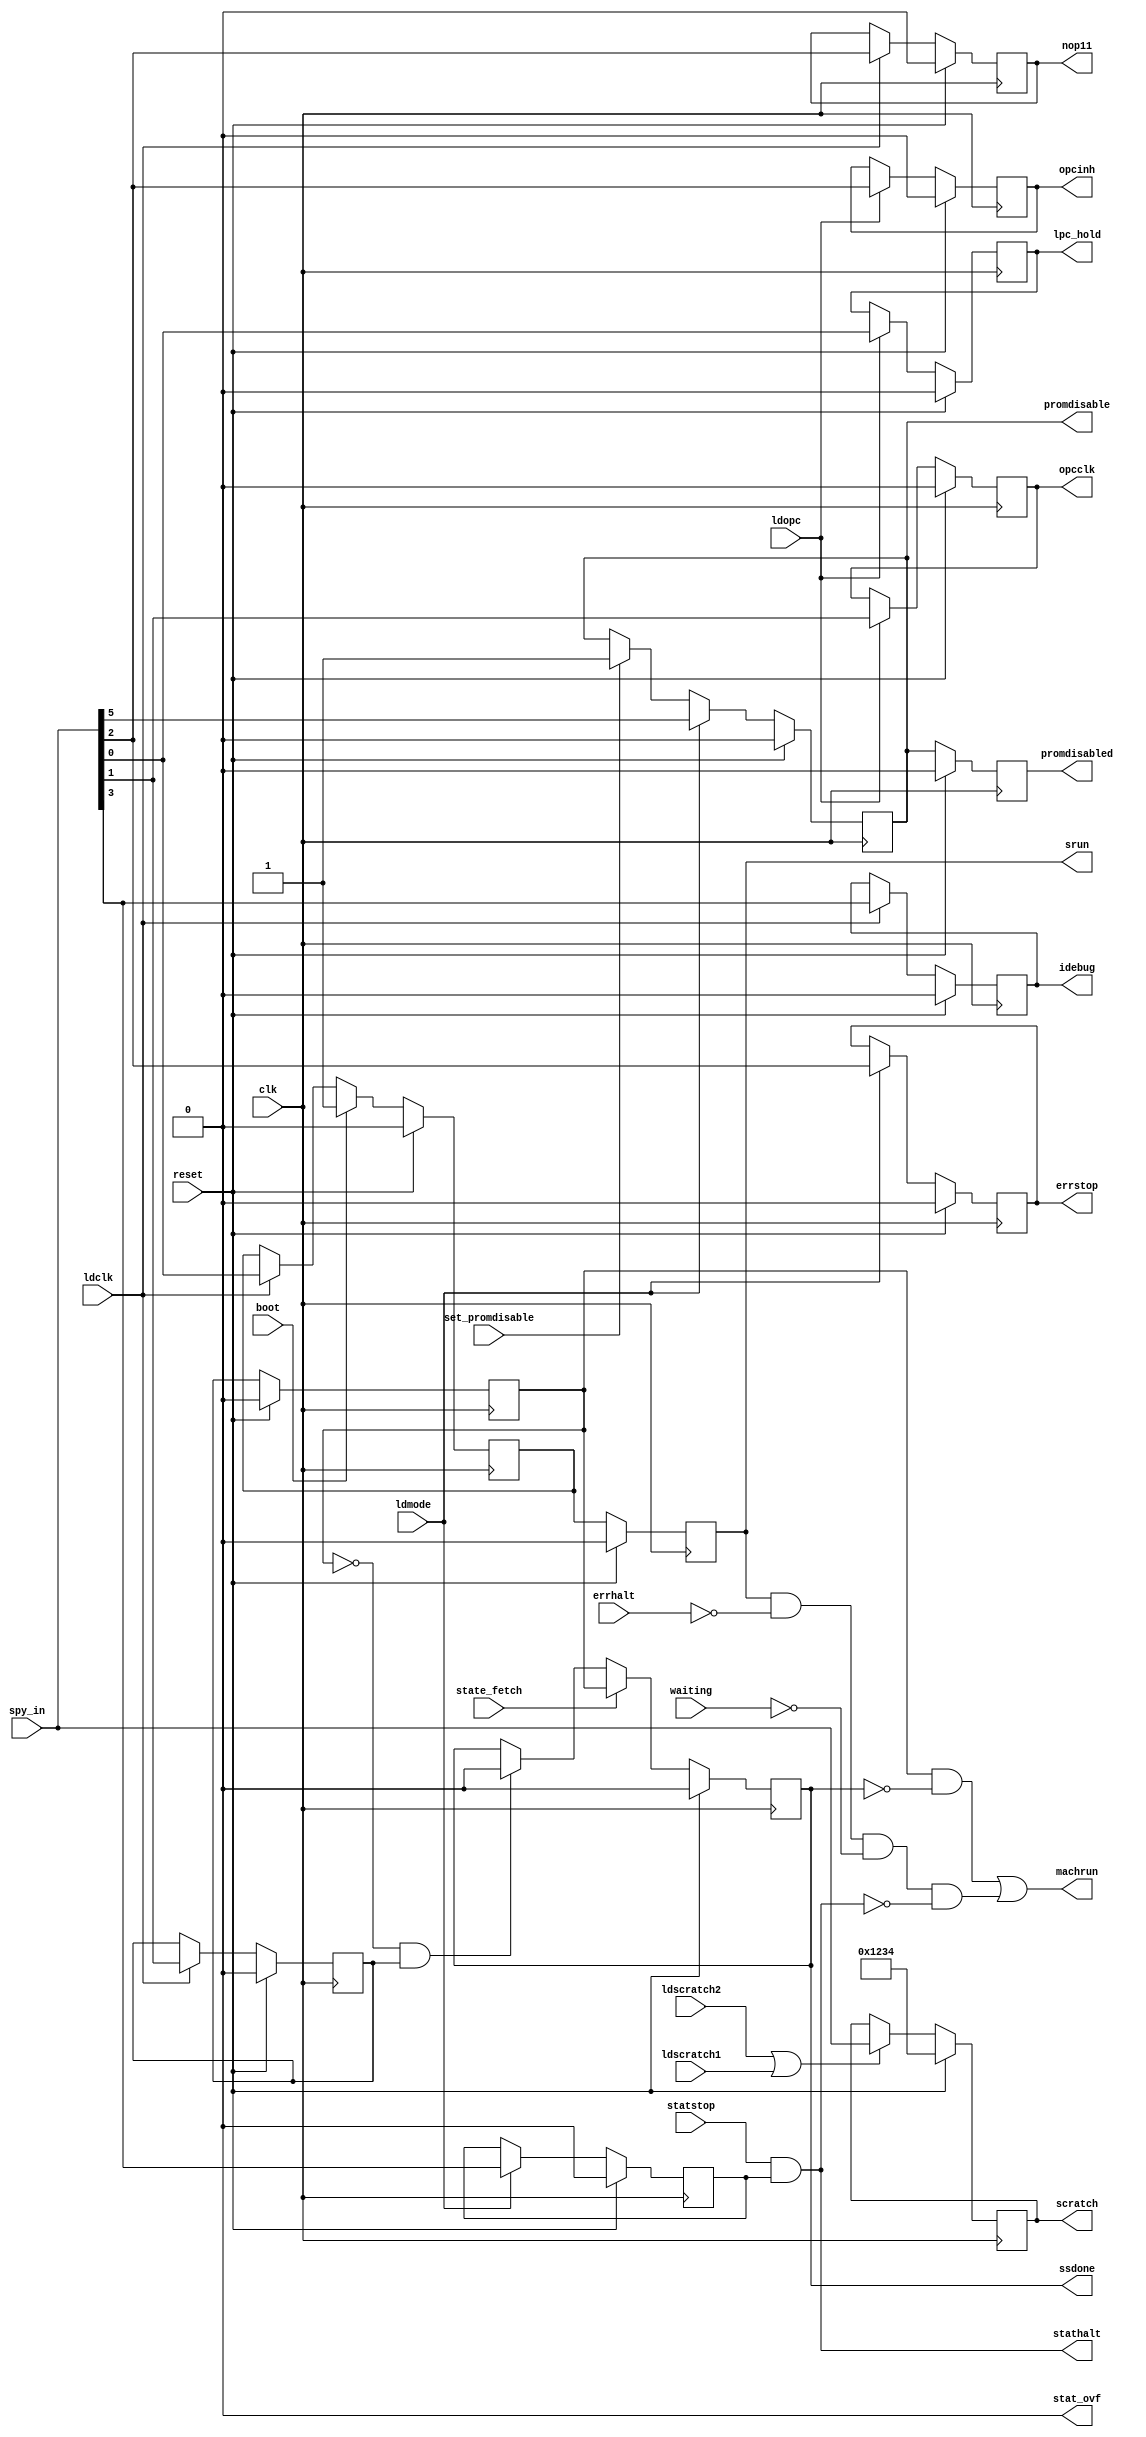
// OLORD1 --- OVERLORD
//
// ---!!! Add description.
//
// History:
//
//   (20YY-MM-DD HH:mm:ss BRAD) Converted to Verilog.
//	???: Nets added.
//	???: Nets removed.
//   (1978-08-30 20:50:21 TK) Initial.

`timescale 1ns/1ps
`default_nettype none

module OLORD1(/*AUTOARG*/
   // Outputs
   scratch, errstop, idebug, lpc_hold, machrun, nop11, opcclk, opcinh,
   promdisable, promdisabled, srun, ssdone, stat_ovf, stathalt,
   // Inputs
   clk, reset, state_fetch, spy_in, boot, errhalt, ldclk, ldmode,
   ldopc, ldscratch1, ldscratch2, set_promdisable, statstop, waiting
   );

   input clk;
   input reset;

   input state_fetch;

   input [15:0] spy_in;
   input boot;
   input errhalt;
   input ldclk;
   input ldmode;
   input ldopc;
   input ldscratch1;
   input ldscratch2;
   input set_promdisable;
   input statstop;
   input waiting;
   output [15:0] scratch;
   output errstop;
   output idebug;
   output lpc_hold;
   output machrun;
   output nop11;
   output opcclk;
   output opcinh;
   output promdisable;
   output promdisabled;
   output srun;
   output ssdone;
   output stat_ovf;
   output stathalt;

   ////////////////////////////////////////////////////////////////////////////////

   reg [15:0] scratch;
   reg errstop;
   reg idebug;
   reg ldstat;
   reg lpc_hold;
   reg nop11;
   reg opcclk;
   reg opcinh;
   reg promdisable;
   reg promdisabled;
   reg run;
   reg srun;
   reg ssdone;
   reg sstep;
   reg stathenb;
   reg step;
   reg trapenb;

   ////////////////////////////////////////////////////////////////////////////////

   always @(posedge clk)
     if (reset) begin
	promdisable <= 0;
	trapenb <= 0;
	stathenb <= 0;
	errstop <= 0;
     end else if (ldmode) begin
	promdisable <= spy_in[5];
	trapenb <= spy_in[4];
	stathenb <= spy_in[3];
	errstop <= spy_in[2];
     end else if (set_promdisable)
       promdisable <= 1;

   always @(posedge clk)
     if (reset)
       scratch <= 16'h1234;
     else if (ldscratch2 || ldscratch1)
       scratch <= spy_in;

   always @(posedge clk)
     if (reset) begin
	opcinh <= 0;
	opcclk <= 0;
	lpc_hold <= 0;
     end else if (ldopc) begin
	opcinh <= spy_in[2];
	opcclk <= spy_in[1];
	lpc_hold <= spy_in[0];
     end

   always @(posedge clk)
     if (reset) begin
	ldstat <= 0;
	idebug <= 0;
	nop11 <= 0;
	step <= 0;
     end else if (ldclk) begin
	ldstat <= spy_in[4];
	idebug <= spy_in[3];
	nop11 <= spy_in[2];
	step <= spy_in[1];
     end

   always @(posedge clk)
     if (reset)
       run <= 1'b0;
     else if (boot)
       run <= 1'b1;
     else if (ldclk)
       run <= spy_in[0];

   always @(posedge clk)
     if (reset) begin
	srun <= 1'b0;
	sstep <= 1'b0;
	ssdone <= 1'b0;
	promdisabled <= 1'b0;
     end else begin
	srun <= run;
	if (sstep == 0 && step) begin
	   sstep <= step;
	   ssdone <= 0;
	end else
	  sstep <= step;
	if (state_fetch)
	  ssdone <= sstep;
	promdisabled <= promdisable;
     end

   assign machrun = (sstep & ~ssdone) | (srun & ~errhalt & ~waiting & ~stathalt);
   assign stat_ovf = 1'b0;
   assign stathalt = statstop & stathenb;

endmodule

`default_nettype wire

// Local Variables:
// verilog-library-directories: ("../..")
// End: